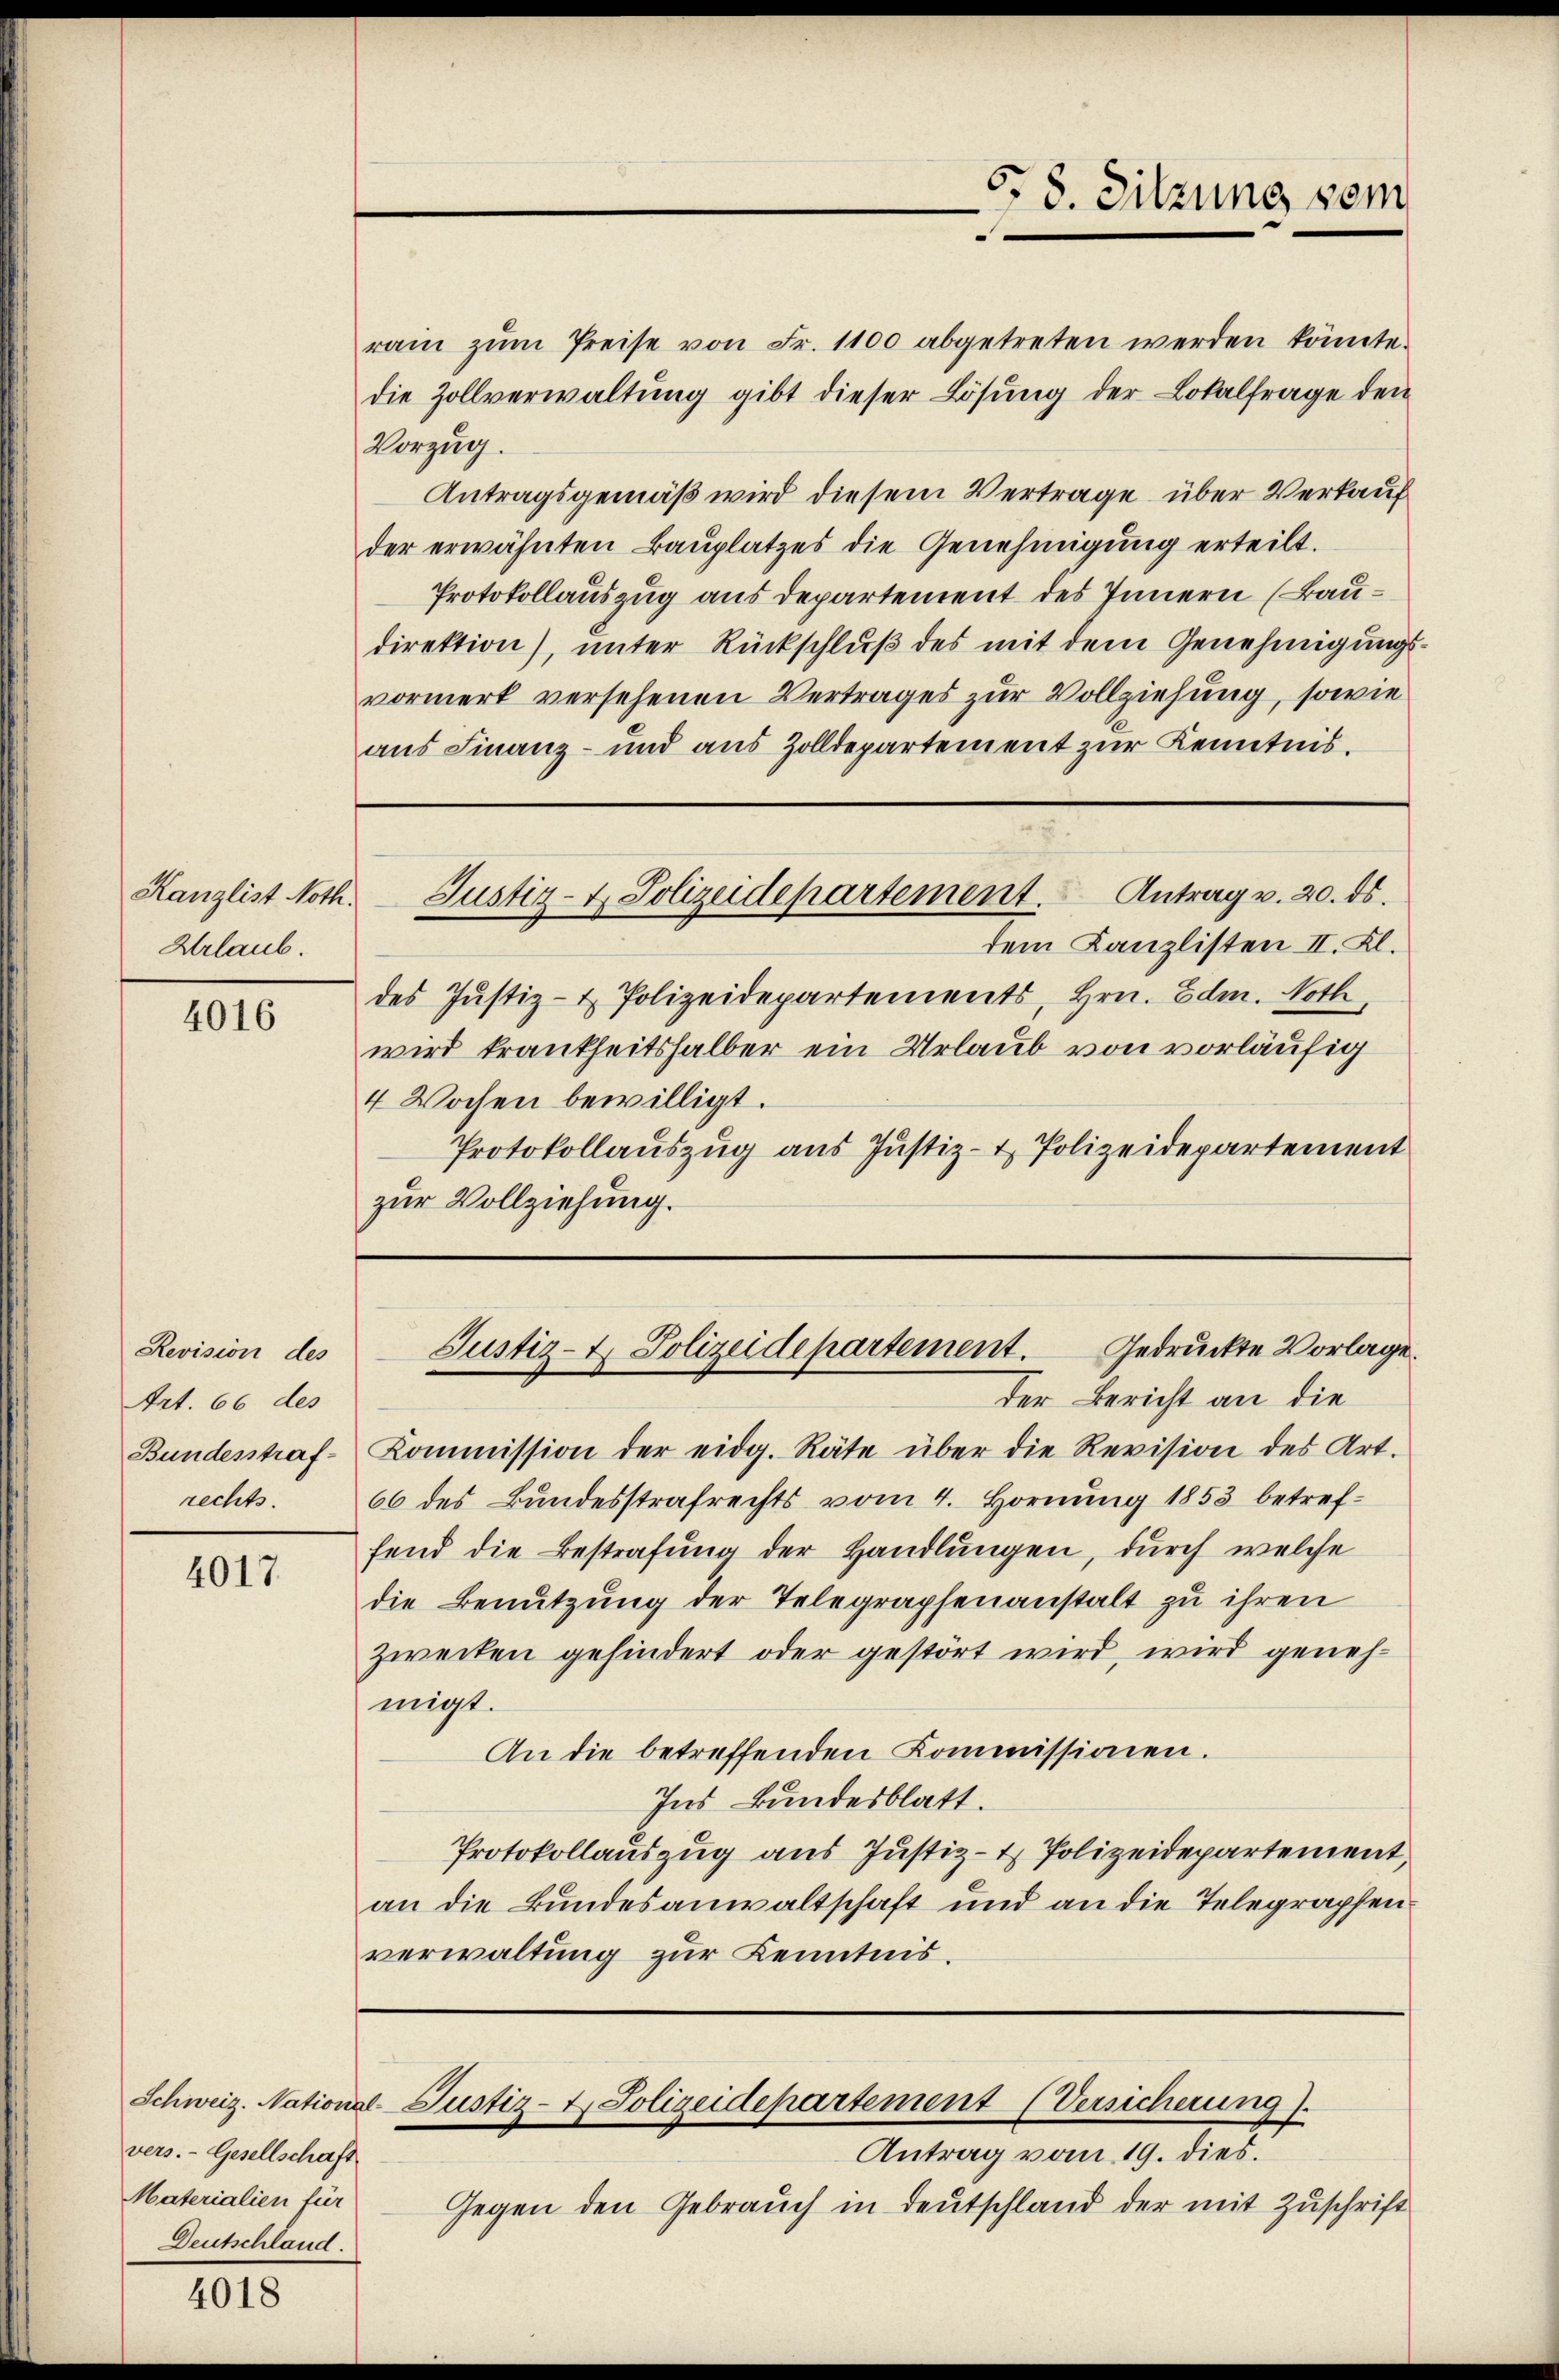
Kanzlist Noth.
Urlaub.

4016

Revision des
trt. 66 des
Bundesstraf
rechts.

4017.

vers. - Gesellschaft
Materialien für
Deutschland.

4018

rain zŭm Preise von Fr. 1100 abgetreten werden könnte.
die Zollverwaltŭng gibt dieser Lösung der Lokalfrage den
Vorzug.
Antragsgemäß wird diesem Vertrage über Verkauf
der erwähnten Bauplatzes die Genehmigung erteilt.
Protokollauszug aus departement des Innern (Baudirektion), unter Rückschluß des mit dem Genehmigungsvormerk versehenen Vertrages zur Vollziehung, sowie
aus Finanz- und aus Zolldepartement zur Kenntnis.

Justiz- & Polizeidepartement. Antrag v. 20. ds.

dem Kanzlisten II. Kl.
des Justiz- & Polizeidepartements, Hrn. Edm. Noth,
wird krankheitshalber ein Urlaub von vorläufig
4 Wochen bewilligt.
Protokollauszug aus Justiz- & Polizeidepartement
zur Vollziehung.

der Bericht an die
Kommission der eidg. Räte über die Revision des Art.
66 des Bundesstrafrechts vom 4. Hornung 1853 betreffend die Bestrafung der Handlungen, durch welche
die Benutzung der Telegraphenanstalt zu ihren
zweiten gehindert oder gestört wird, wird genehmigt.
An die betreffenden Kommissionen.
Ins Bundesblatt.
Protokollauszug aus Justiz- & Polizeidepartement,
an die Bundesanwaltschaft und an die Telegraphenverwaltung zur Kenntnis.

Antrag vom 19. dies.
Gegen den Gebrauch in Deutschland der mit Zuschrift

5. 8. Sitzung sein

Gedruckte Vorlage.
Justiz- & Polizeidepartement.

Schweiz. National-Justiz- & Polizeidepartement (Versicherung